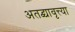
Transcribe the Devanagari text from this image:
अतद्व्यावृत्त्या